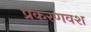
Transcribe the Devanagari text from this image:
प्रकरणवश